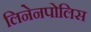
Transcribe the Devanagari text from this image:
लिनेनपोलिस